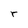
Character: r